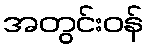
အတွင်းဝန်